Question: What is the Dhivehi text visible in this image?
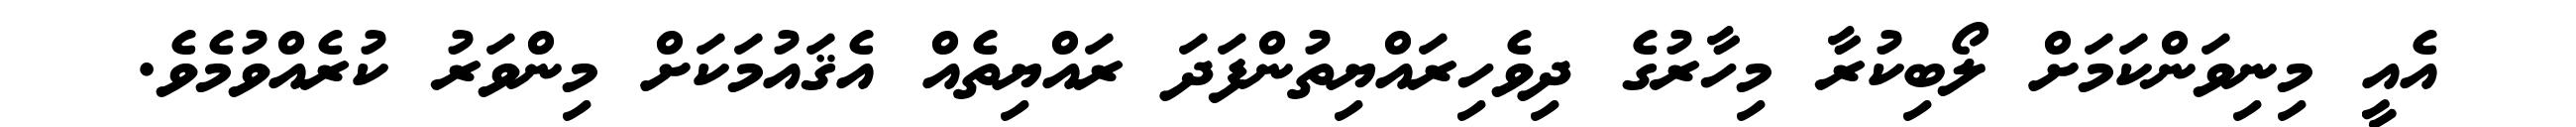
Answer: އެއީ މިނިވަންކަމަށް ލޯބިކުރާ މިހާރުގެ ދިވެހިރައްޔިތުންފަދަ ރައްޔިތެއް އެޤައުމަކަށް މިންވަރު ކުރެއްވުމެވެ.